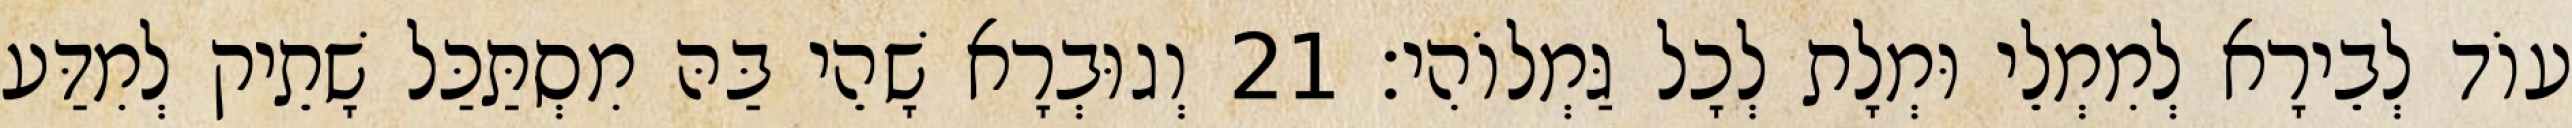
עוֹד לְבֵירָא לְמִמְלֵי וּמְלָת לְכָל גַּמְלוֹהִי׃ 21 וְגוּבְרָא שָׁהֵי בַּהּ מִסְתַּכַּל שָׁתֵיק לְמִדַּע